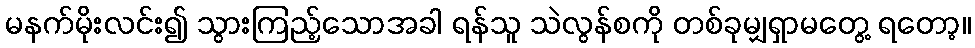
မနက်မိုးလင်း၍ သွားကြည့်သောအခါ ရန်သူ သဲလွန်စကို တစ်ခုမျှရှာမတွေ့ ရတော့။